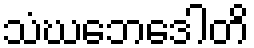
သံဃဘေဒေါတိ